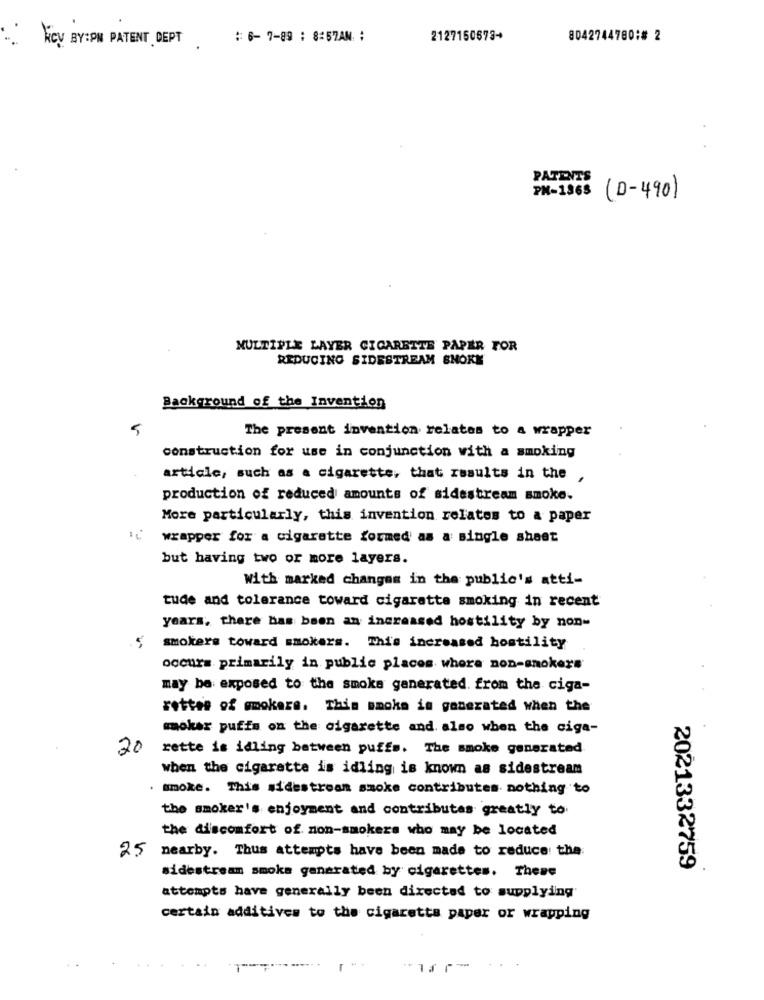
KCV BY:PN PATENT DEPT
:: 6- 7-89 : 8:57AM :
2127150673+
8042744780:# 2
PATENTS
PH-1968
(D-490)
MULTIPLE LAYER CIGARETTE PAPER FOR
REDUCING SIDESTREAM BNOKK
Background of the Invention
The present invention relates to a wrapper
construction for use in conjunction with a smoking
article, such as a cigarette, that results in the ,
production of reduced amounts of sidestream smoke.
More particularly, this invention relates to a paper
wrapper for a cigarette formed as a single sheet
but having two or more layers.
With marked changes in the public's atti-
tude and tolerance toward cigarette smoking in recent
years, there has been an increased hostility by non-
smokers toward smokers. This increased hostility
occurs primarily in public places where non-smokers
may be exposed to the smoke generated. from the ciga-
rettes of smokers. This smoke is generated when the
mokar puffs on the cigarette and. also when the ciga-
20
rette is idling between puffs. The smoke generated
when the cigarette is idling is known as sidestream
smoke. This sidestream smoke contributes nothing to
the smoker's enjoyment and contributes greatly to
the discomfort of non-smokers who may be located
25
nearby. Thus attempts have been made to reduce the
2021332759
sidestream smoka generated by cigarettes. These
attempts have generally been directed to supplying
certain additives to the cigaretta paper or wrapping
..